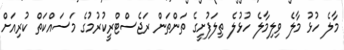
މާލެ ހުޅު މާލެ ވިލިމާލެ ހުޅުލެ ތިލަފުށީގެ ތަންތަން ރަޖެސްޓްރީކުރުމުގެ މަސައްކަތް ކުރިއަށް